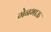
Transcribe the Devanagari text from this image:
गेनभाऊ